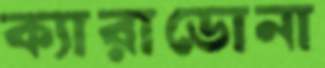
ক্যারাডোনা